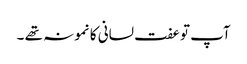
آپ توعفت لسانی کا نمونہ تھے ۔